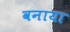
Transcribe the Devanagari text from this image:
वनाया